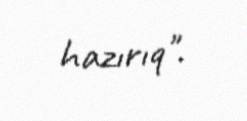
hazırıq".